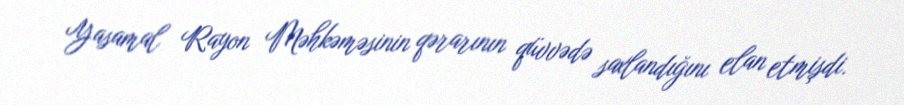
Yasamal Rayon Məhkəməsinin qərarının qüvvədə saxlandığını elan etmişdi.